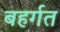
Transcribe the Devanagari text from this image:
बहर्गत